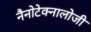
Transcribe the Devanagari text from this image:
नैनोटेक्नालोजी